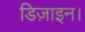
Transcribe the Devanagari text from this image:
डिज़ाइन।